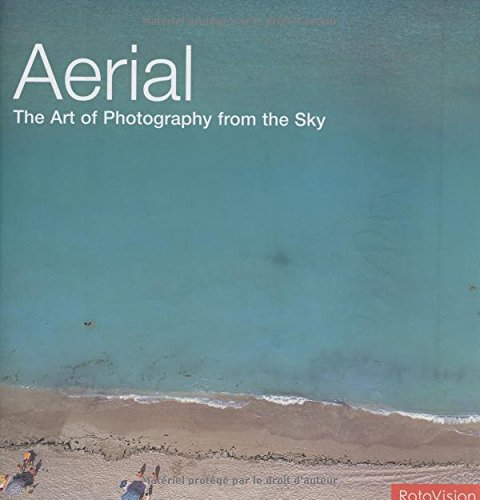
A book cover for Aerial: The Art of Photography from the Sky; Jason Hawkes; Arts & Photography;